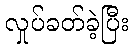
လှုပ်ခတ်ခဲ့ပြီး